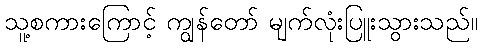
သူ့စကားကြောင့် ကျွန်တော် မျက်လုံးပြူးသွားသည်။